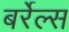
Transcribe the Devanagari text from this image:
बर्रेल्स